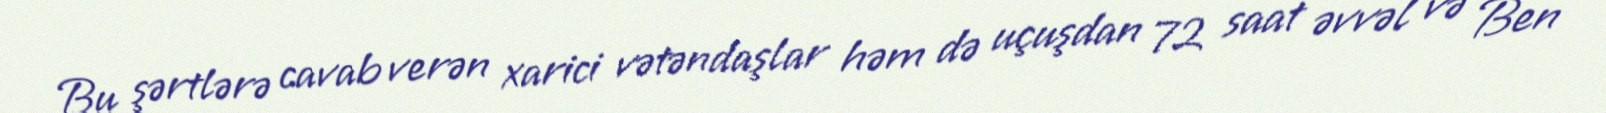
Bu şərtlərə cavab verən xarici vətəndaşlar həm də uçuşdan 72 saat əvvəl və Ben